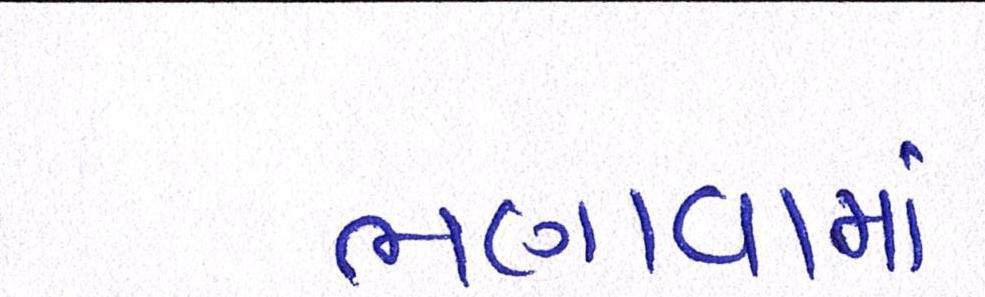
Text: ભણાવામાં